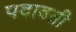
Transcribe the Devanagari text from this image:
पदावती